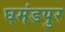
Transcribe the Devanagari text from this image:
घमंडपुर